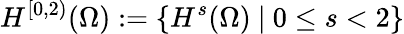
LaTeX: H^{[0,2)}(\Omega):=\{ H^{s}(\Omega)\ |\ 0\le s<2\}